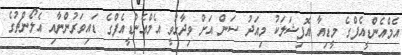
އެމްއެންޑީއެފްގެ މީޑިއާ އޮފިޝަލަކު މިއަދު ސަން އަށް ވިދާޅުވީ އެމްއެންޑީއެފްގެ ޑައިވަރުންނާއި އެލޯންޗުގެ